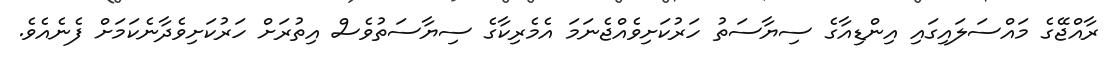
ރާއްޖޭގެ މައްސަލައިގައި އިންޑިއާގެ ސިޔާސަތު ހަރުކަށިވެއްޖެނަމަ އެމެރިކާގެ ސިޔާސަތުވެސް އިތުރަށް ހަރުކަށިވެދާނެކަމަށް ފެނެއެވެ.